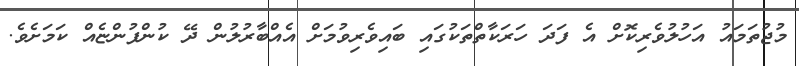
މުޖުތަމައު އަހުލުވެރިކޮށް އެ ފަދަ ހަރަކާތްތަކުގައި ބައިވެރިވުމަށް އެއްބާރުލުން ދޭ ކުންފުންޏެއް ކަމަށެވެ.